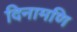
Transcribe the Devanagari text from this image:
दिनामणि